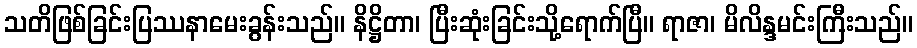
သတိဖြစ်ခြင်းပြဿနာမေးခွန်းသည်။ နိဋ္ဌိတာ၊ ပြီးဆုံးခြင်းသို့ရောက်ပြီ။ ရာဇာ၊ မိလိန္ဒမင်းကြီးသည်။